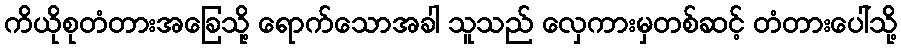
ကိယိုစုတံတားအခြေသို့ ရောက်သောအခါ သူသည် လှေကားမှတစ်ဆင့် တံတားပေါ်သို့